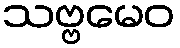
သဗ္ဗမေဝ